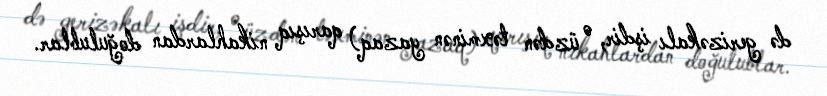
də gerizəkalı işdir, o üzdən təxminən yazaq) qarışıq nikahlardan doğulublar.